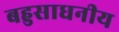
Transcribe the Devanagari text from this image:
बहुसाधनीय